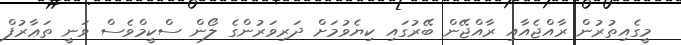
މީގެއިތުރުން ރާއްޖެއާއި ރާއްޖޭން ބޭރުގައި ކިޔެވުމަށް ދަރިވަރުންގެ ލޯން ސްކީމްވެސް ވަނީ ތަޢާރުފް